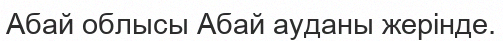
Абай облысы Абай ауданы жерінде.